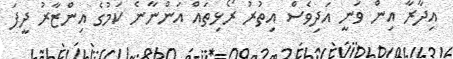
އިދާރާ އިން ވަނީ އަދިވެސް އިތުރު ރޯޅިތައް އަންނާނެ ކަމުގެ އިންޒާރު ދީފަ